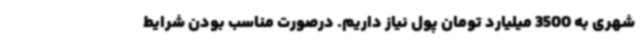
شهری به 3500 میلیارد تومان پول نیاز داریم. درصورت مناسب بودن شرایط